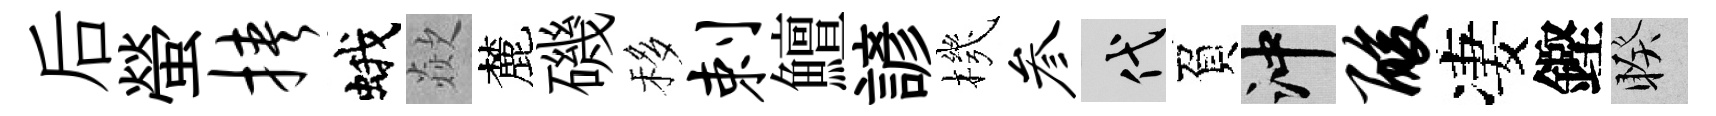
后螢挟蛾歘麓磯移剌鱣諺機参代負冲酸凄鏗睽